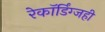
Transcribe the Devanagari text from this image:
रेकॉर्डिंग्जही